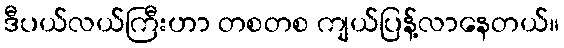
ဒီပယ်လယ်ကြီးဟာ တစတစ ကျယ်ပြန့်လာနေတယ်။